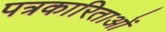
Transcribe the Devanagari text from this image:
पत्रकारिताओं